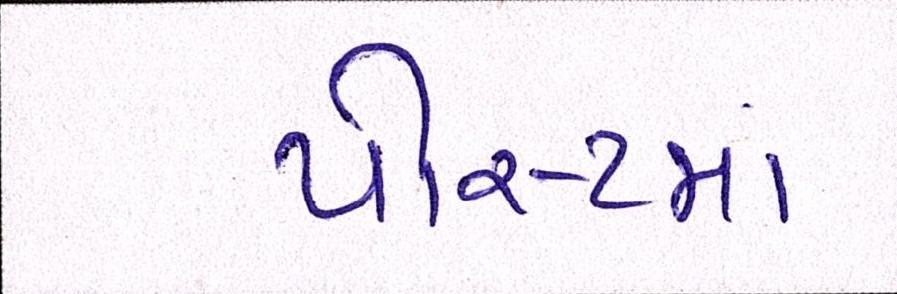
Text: પોસ્ટમાં